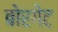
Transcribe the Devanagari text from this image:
बोरगेट